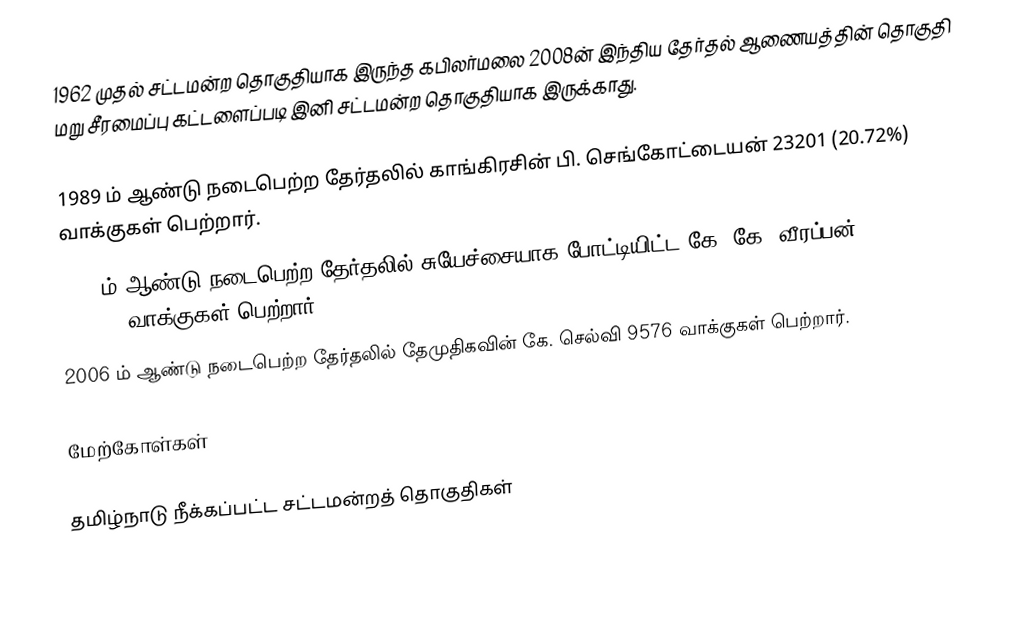
1962 முதல் சட்டமன்ற தொகுதியாக இருந்த கபிலர்மலை 2008ன் இந்திய தேர்தல் ஆணையத்தின் தொகுதி மறு சீரமைப்பு கட்டளைப்படி இனி சட்டமன்ற தொகுதியாக இருக்காது.

1989 ம் ஆண்டு நடைபெற்ற தேர்தலில் காங்கிரசின்  பி. செங்கோட்டையன் 23201 (20.72%) வாக்குகள் பெற்றார்.
2001 ம் ஆண்டு நடைபெற்ற தேர்தலில் சுயேச்சையாக போட்டியிட்ட கே. கே. வீரப்பன் 9999 (8.62%) வாக்குகள் பெற்றார்.
2006 ம் ஆண்டு நடைபெற்ற தேர்தலில் தேமுதிகவின் கே. செல்வி  9576 வாக்குகள் பெற்றார்.

மேற்கோள்கள்

தமிழ்நாடு நீக்கப்பட்ட சட்டமன்றத் தொகுதிகள்